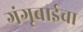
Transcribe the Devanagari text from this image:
गंगूबाईचा